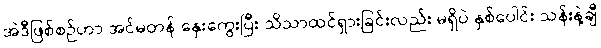
အဲဒီဖြစ်စဉ်ဟာ အင်မတန် နှေးကွေးပြီး သိသာထင်ရှားခြင်းလည်း မရှိပဲ နှစ်ပေါင်း သန်းနဲ့ချီ